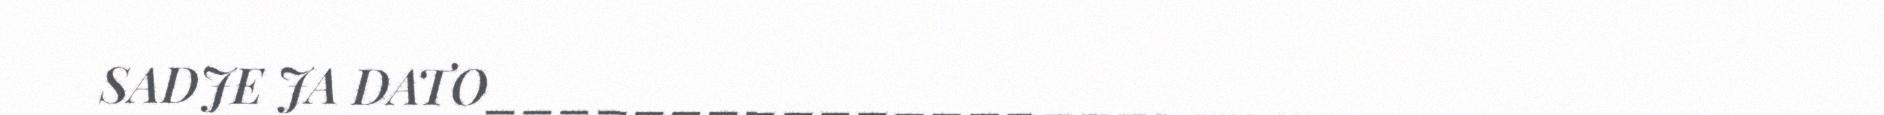
SADJE JA DATO____________________________________